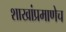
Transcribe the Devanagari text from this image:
शाखांप्रमाणेच